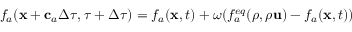
f _ { a } ( \mathbf { x } + \mathbf { c } _ { a } \Delta \tau , \tau + \Delta \tau ) = f _ { a } ( \mathbf { x } , t ) + \omega ( f _ { a } ^ { e q } ( \rho , \rho \mathbf { u } ) - f _ { a } ( \mathbf { x } , t ) )